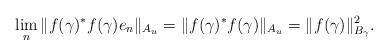
LaTeX: \begin{align*} \lim_{n}\|f(\gamma)^{*}f(\gamma)e_{n}\|_{A_{u}} =\|f(\gamma)^{*}f(\gamma)\|_{A_{u}}=\|f(\gamma)\|^{2}_{B_{\gamma}}. \end{align*}